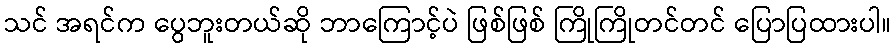
သင် အရင်က ပွေဘူးတယ်ဆို ဘာကြောင့်ပဲ ဖြစ်ဖြစ် ကြိုကြိုတင်တင် ပြောပြထားပါ။